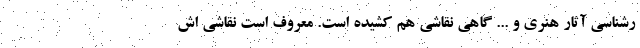
رشناسی آثار هنری و ... گاهی نقاشی هم کشیده است. معروف است نقاشی اش